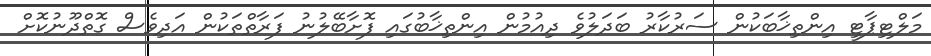
މަލްޓިޕާޓީ އިންތިޚާބަކުން ސަރުކާރު ބަދަލުވެ ދިއުމުން އިންތިޚާބުގައި ފޮށާބޭލުނު ފަރާތްތަކުން އަދިވެސް ގޮތްދޫނުކޮށް